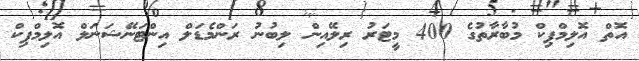
އޮތް އޮލިމްޕިކް މުބާރާތުގެ 400 މީޓަރު ރިލޭއިން ލިބުނު ރަންމެޑަލް އިންޓަނޭޝަނަލް އޮލިމްޕިކް